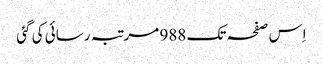
اِس صفحہ تک 988 مرتبہ رسائی کی گئی